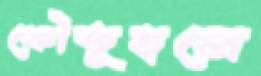
কৌতূহলে